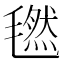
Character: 𣰂